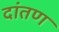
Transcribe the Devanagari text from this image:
दांतण